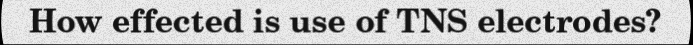
How effected is use of TNS electrodes?